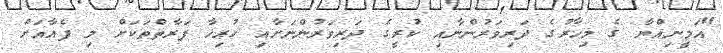
"އަމީނިއްޔާ ގެ މިހާރުގެ ދަރިވަރުންނާއި ކުރީގެ ދަރިވަރުންނަށާއި ހުރިހާ ފަރާތްތަކަށް މި ފެއާއަށް